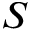
S